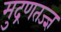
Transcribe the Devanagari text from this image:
मुद्रणतज्ज्ञ